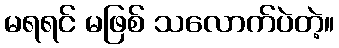
မရရင် မဖြစ် သလောက်ပဲတဲ့။